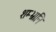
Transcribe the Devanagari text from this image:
शम्भ्रानि